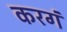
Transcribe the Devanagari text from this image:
करगं